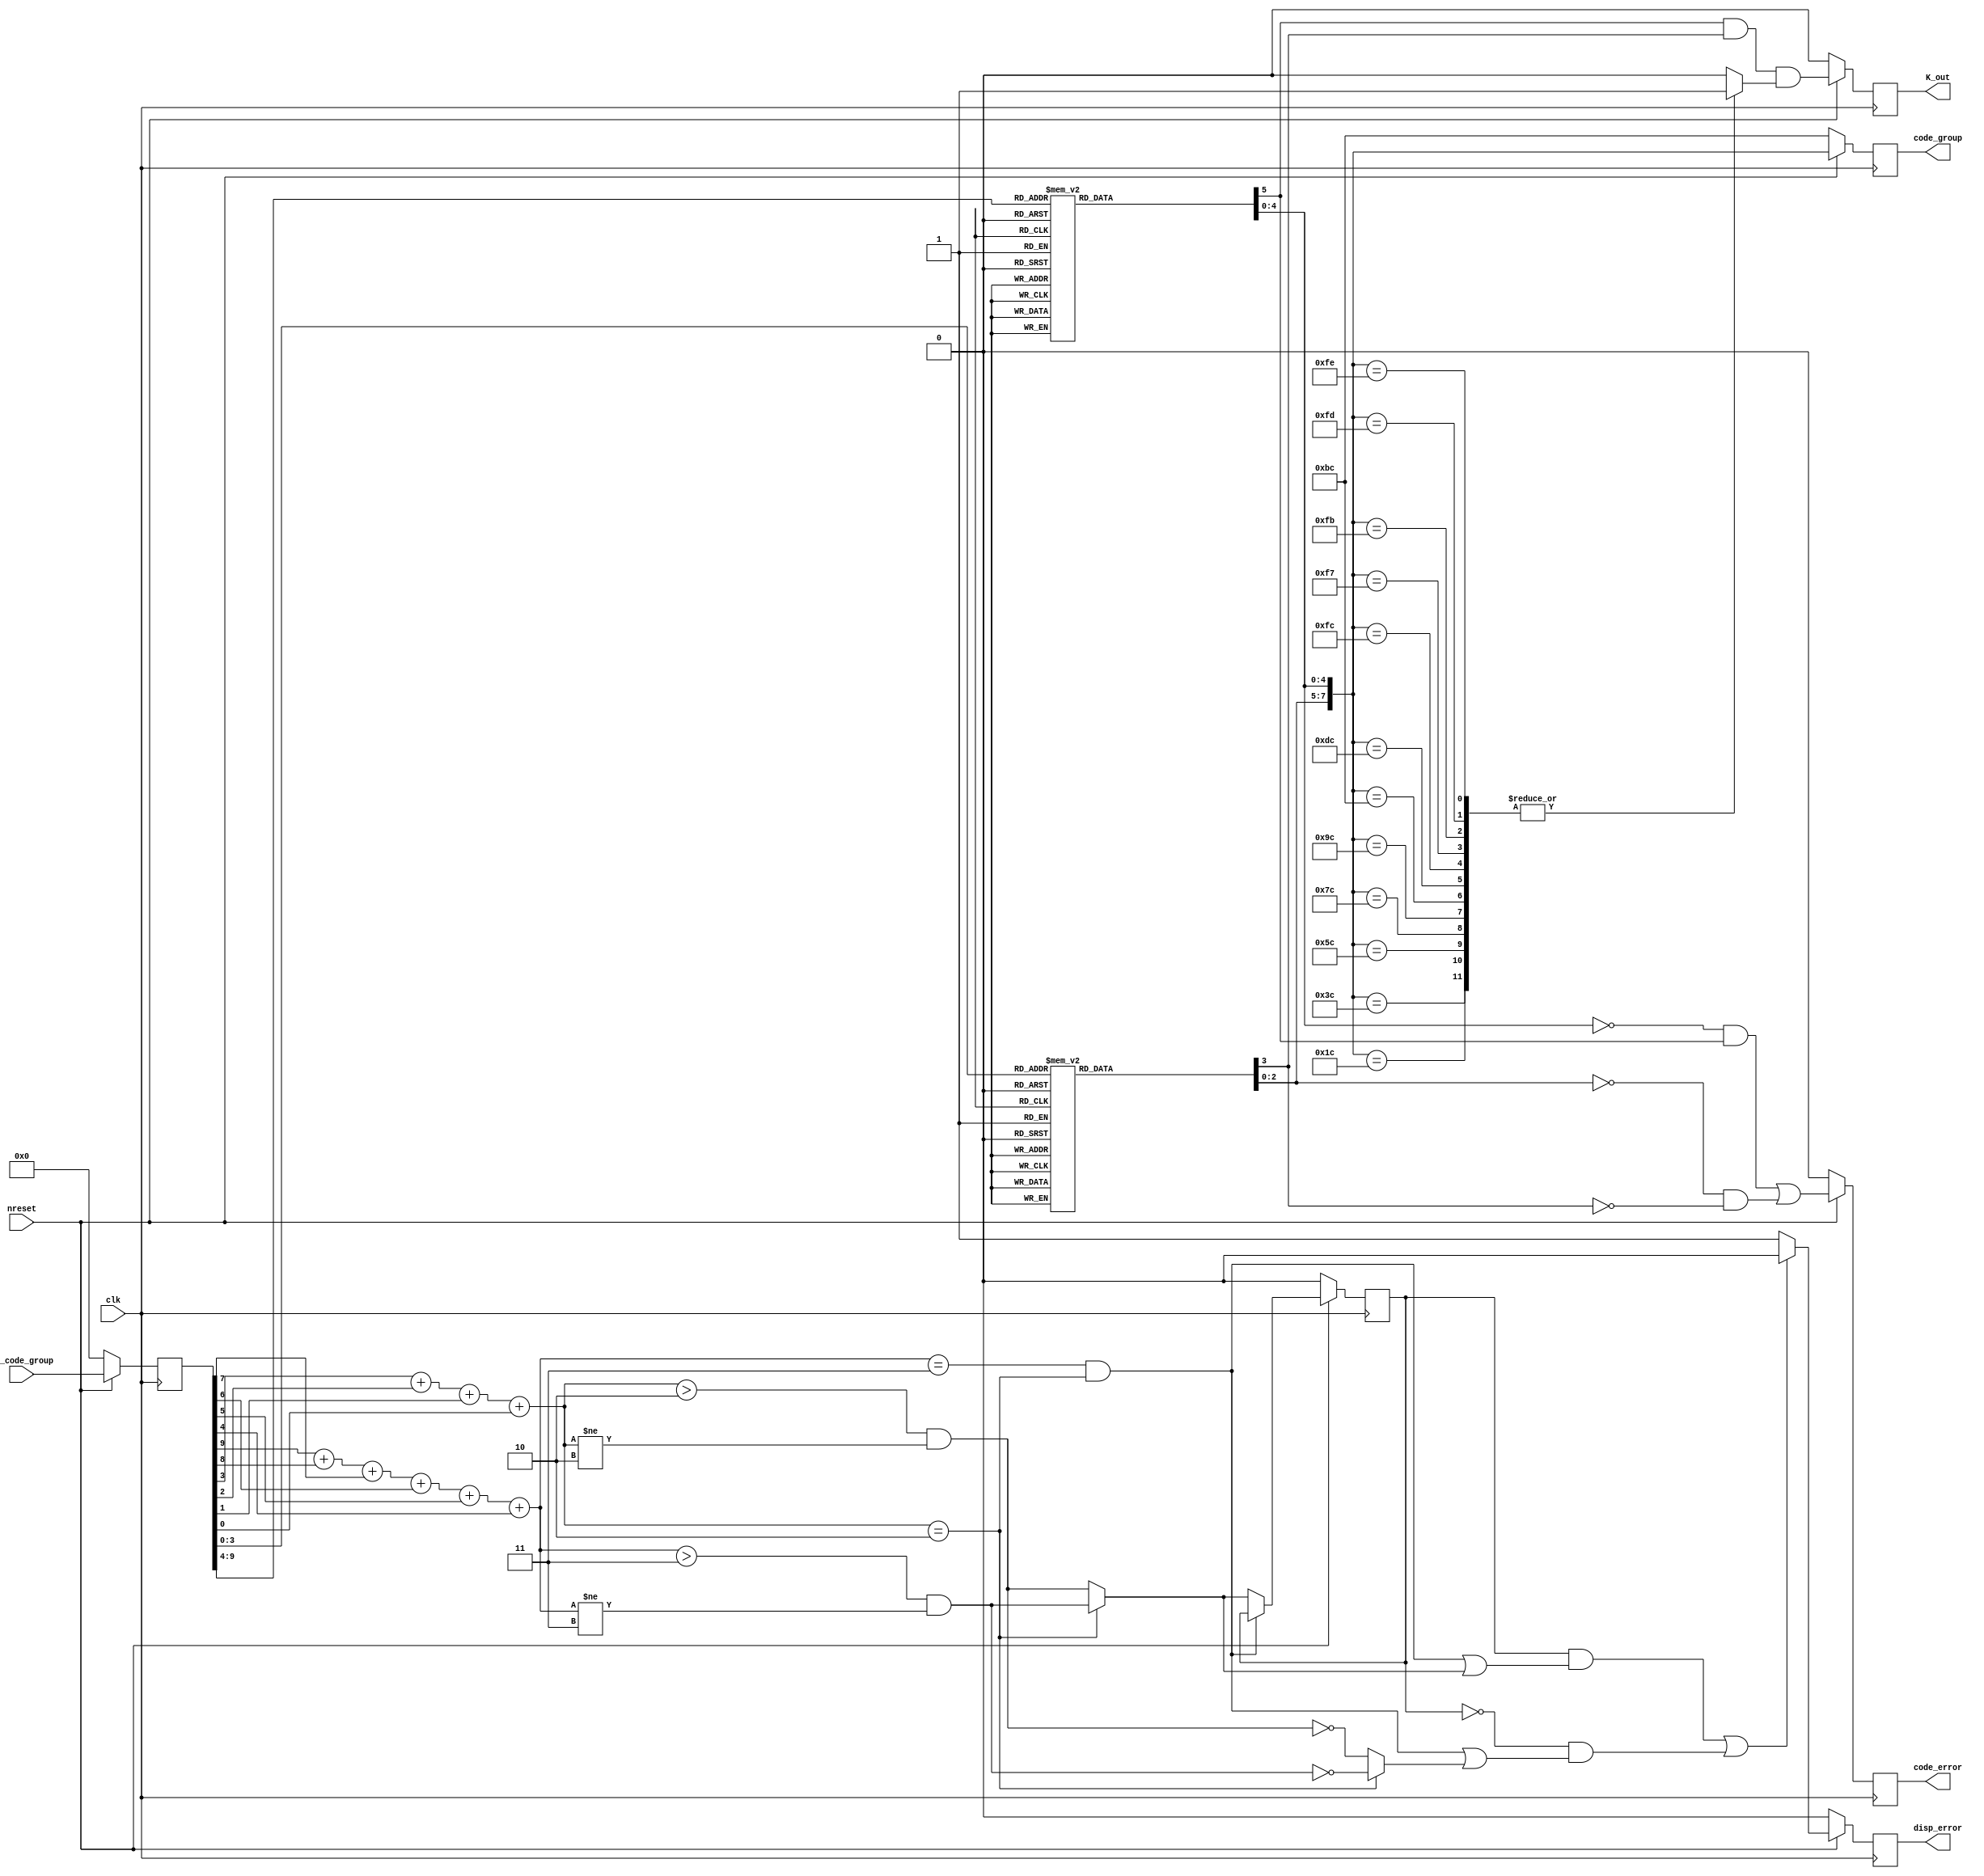
/*
===============================================================
10 bit to 8 bit decoder
===============================================================
*/
// Version:		1.0v
//
// Contact:		prasadp4009@gmail.com/prasad@pdx.edu
//
// Date modified:	03/19/2016
//
// Text-editor used:	Gvim 7v4 & NPP
//
// ************************************************************

module oh_8b10b_decode(
			input		clk,			//Input Clock
			input		nreset,			//Synchronous Active-Low reset

			input		[9:0]	rx_code_group,  //10 - bit input
			
			output	reg		K_out,		//K group output
			output	reg	[7:0]	code_group,	//8 - bit output
			output	reg		code_error,	//Code error outputi
			output	reg		disp_error	//Disparity Error
		  );



wire [5:0] code_6b;
wire [3:0] code_4b;

reg [9:0] rx_code_group_latch;
reg [4:0] dec_5b;
reg [2:0] dec_3b;
reg flag_5;
reg flag_3;

wire [2:0] bit6_disp;
wire [2:0] bit4_disp;

wire [7:0] code_group_temp;
wire	   K_out_temp;
wire	   code_error_temp;

wire bit_6rd;
wire bit_4rd;

reg K_found;
wire RD_p;
wire RD;
wire RD_eq;
wire RD_n;

reg disparity;

assign  code_group_temp = {dec_3b, dec_5b};
assign	code_6b = rx_code_group_latch[9:4];
assign	code_4b = rx_code_group_latch[3:0];

assign	code_error_temp = ((((dec_5b == 5'd0) & (flag_5)) | ((dec_3b == 3'o0) & (~flag_3))));// | disp_error);
assign	K_out_temp	   = (flag_5 & flag_3 & K_found);

assign bit6_disp = (code_6b[5] + code_6b[4] + code_6b[3] + code_6b[2] + code_6b[1] + code_6b[0]);

assign bit4_disp = (code_4b[3] + code_4b[2] + code_4b[1] + code_4b[0]);

assign bit_6rd = (bit6_disp > 'd3) & (bit6_disp != 'd3);
assign bit_4rd = (bit4_disp > 'd2) & (bit4_disp != 'd2);

assign RD = (bit6_disp == 'd3 & bit4_disp == 'd2) ? disparity : ((bit4_disp == 'd2) ? bit_6rd : bit_4rd); 
assign RD_eq = (bit6_disp == 'd3 & bit4_disp == 'd2);
assign RD_p = (bit4_disp == 'd2) ? bit_6rd : bit_4rd;  
assign RD_n = (bit4_disp == 'd2) ? (~bit_6rd) : (~bit_4rd);  

	always@(posedge clk)
		begin

		if(~nreset)
			begin
			disparity <= 1'b0;
			code_group <= 8'hBC;
			K_out	   <= 1'b0;
			disp_error <= 1'b0;
			code_error <= 1'b0;
			rx_code_group_latch <= 10'd0;
			end
		else
			begin
			code_group		<=	code_group_temp;
			K_out			<=	K_out_temp;
			rx_code_group_latch	<=	rx_code_group;
			
			if((disparity & (RD_eq | RD_p)) | ((~disparity) & (RD_eq | RD_n)))
				begin
					disp_error <= 1'b0;
				end
			else	
				begin
					disp_error <= 1'b1;
				end
					disparity <= RD;

			code_error	<=	code_error_temp;
			end
		end

	always@(*)
		begin
			case(code_6b)

				6'o47, 6'o30 	: begin dec_5b = 5'd0 ; flag_5 = 1'b0; end 	
				6'o35, 6'o42 	: begin dec_5b = 5'd1 ; flag_5 = 1'b0; end 	
				6'o55, 6'o22 	: begin dec_5b = 5'd2 ; flag_5 = 1'b0; end 	
				6'o61 		: begin dec_5b = 5'd3 ; flag_5 = 1'b0; end 	
				6'o65, 6'o12 	: begin dec_5b = 5'd4 ; flag_5 = 1'b0; end 	
				6'o51	 	: begin dec_5b = 5'd5 ; flag_5 = 1'b0; end 	
				6'o31	 	: begin dec_5b = 5'd6 ; flag_5 = 1'b0; end 	
				6'o70, 6'o07 	: begin dec_5b = 5'd7 ; flag_5 = 1'b0; end 	
				6'o71, 6'o06 	: begin dec_5b = 5'd8 ; flag_5 = 1'b0; end 	
				6'o45	 	: begin dec_5b = 5'd9 ; flag_5 = 1'b0; end 	
				6'o25	 	: begin dec_5b = 5'd10 ; flag_5 = 1'b0; end 	
				6'o64	 	: begin dec_5b = 5'd11 ; flag_5 = 1'b0; end 	
				6'o15	 	: begin dec_5b = 5'd12 ; flag_5 = 1'b0; end 	
				6'o54	 	: begin dec_5b = 5'd13 ; flag_5 = 1'b0; end 	
				6'o34	 	: begin dec_5b = 5'd14 ; flag_5 = 1'b0; end 	
				6'o27, 6'o50 	: begin dec_5b = 5'd15 ; flag_5 = 1'b0; end 	
				6'o33, 6'o44 	: begin dec_5b = 5'd16 ; flag_5 = 1'b0; end 	
				6'o43	 	: begin dec_5b = 5'd17 ; flag_5 = 1'b0; end 	
				6'o23	 	: begin dec_5b = 5'd18 ; flag_5 = 1'b0; end 	
				6'o62		: begin dec_5b = 5'd19 ; flag_5 = 1'b0; end 	
				6'o13		: begin dec_5b = 5'd20 ; flag_5 = 1'b0; end 	
				6'o52		: begin dec_5b = 5'd21 ; flag_5 = 1'b0; end 	
				6'o32		: begin dec_5b = 5'd22 ; flag_5 = 1'b0; end 	
				6'o72, 6'o05 	: begin dec_5b = 5'd23 ; flag_5 = 1'b1; end 	
				6'o63, 6'o14 	: begin dec_5b = 5'd24 ; flag_5 = 1'b0; end 	
				6'o46		: begin dec_5b = 5'd25 ; flag_5 = 1'b0; end 	
				6'o26		: begin dec_5b = 5'd26 ; flag_5 = 1'b0; end 	
				6'o66, 6'o11 	: begin dec_5b = 5'd27 ; flag_5 = 1'b1; end 	
				6'o16		: begin dec_5b = 5'd28 ; flag_5 = 1'b0; end 	
				6'o17, 6'o60	: begin dec_5b = 5'd28 ; flag_5 = 1'b1; end 	
				6'o56, 6'o21 	: begin dec_5b = 5'd29 ; flag_5 = 1'b1; end 	
				6'o36, 6'o41 	: begin dec_5b = 5'd30 ; flag_5 = 1'b1; end 	
				6'o53, 6'o24 	: begin dec_5b = 5'd31 ; flag_5 = 1'b0; end 	
				default	 	: begin dec_5b = 5'd0 ; flag_5 = 1'b1; end 
			endcase
		end
	
	always@(*)
		begin
			case(code_4b)
				
				4'h4 , 4'hb	: begin dec_3b = 3'o0 ; flag_3 = 1'b1; end 
				4'h9 		: begin dec_3b = 3'o1 ; flag_3 = 1'b1; end 
				4'h5 		: begin dec_3b = 3'o2 ; flag_3 = 1'b1; end 
				4'h3 , 4'hc	: begin dec_3b = 3'o3 ; flag_3 = 1'b1; end 
				4'h2 , 4'hd	: begin dec_3b = 3'o4 ; flag_3 = 1'b1; end 
				4'ha 		: begin dec_3b = 3'o5 ; flag_3 = 1'b1; end 
				4'h6 		: begin dec_3b = 3'o6 ; flag_3 = 1'b1; end 
				4'h1 , 4'he 	: begin dec_3b = 3'o7 ; flag_3 = 1'b0; end 
				4'h8 , 4'h7	: begin dec_3b = 3'o7 ; flag_3 = 1'b1; end 
				default		: begin dec_3b = 3'o0 ; flag_3 = 1'b0; end 

			endcase

		end

	always@(*)
		begin
			case(code_group_temp)				
				8'h1C		: K_found = 1'b1;
				8'h3C		: K_found = 1'b1;
				8'h5C		: K_found = 1'b1;
				8'h7C		: K_found = 1'b1;
				8'h9C		: K_found = 1'b1;
				8'hBC		: K_found = 1'b1;
				8'hDC		: K_found = 1'b1;
				8'hFC		: K_found = 1'b1;
				8'hF7		: K_found = 1'b1;
				8'hFB		: K_found = 1'b1;
				8'hFD		: K_found = 1'b1;
				8'hFE		: K_found = 1'b1;
				default		: K_found = 1'b0;
			endcase
		end
endmodule